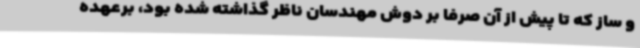
و ساز که تا پیش از آن صرفا بر دوش مهندسان ناظر گذاشته شده بود، برعهده